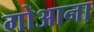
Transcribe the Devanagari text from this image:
गोआना